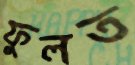
ফুলত